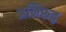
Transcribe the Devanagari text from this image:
अनिरूद्व